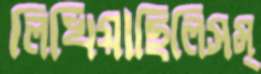
লিখিয়াছিলিসম্